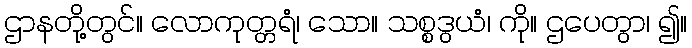
ဌာနတို့တွင်။ လောကုတ္တရံ၊ သော။ သစ္စဒွယံ၊ ကို။ ဌပေတွာ၊ ၍။